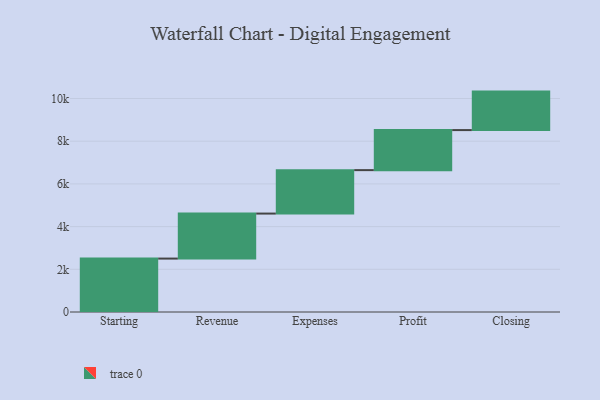
{"axis": {"x": "Step", "y": "Value"}, "legend": [""], "data": [{"x": "Starting", "y": 2502.0, "type": ""}, {"x": "Revenue", "y": 2108.0, "type": ""}, {"x": "Expenses", "y": 2035.0, "type": ""}, {"x": "Profit", "y": 1875.0, "type": ""}, {"x": "Closing", "y": 1803.0, "type": ""}]}